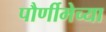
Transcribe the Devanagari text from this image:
पौर्णीमेच्या